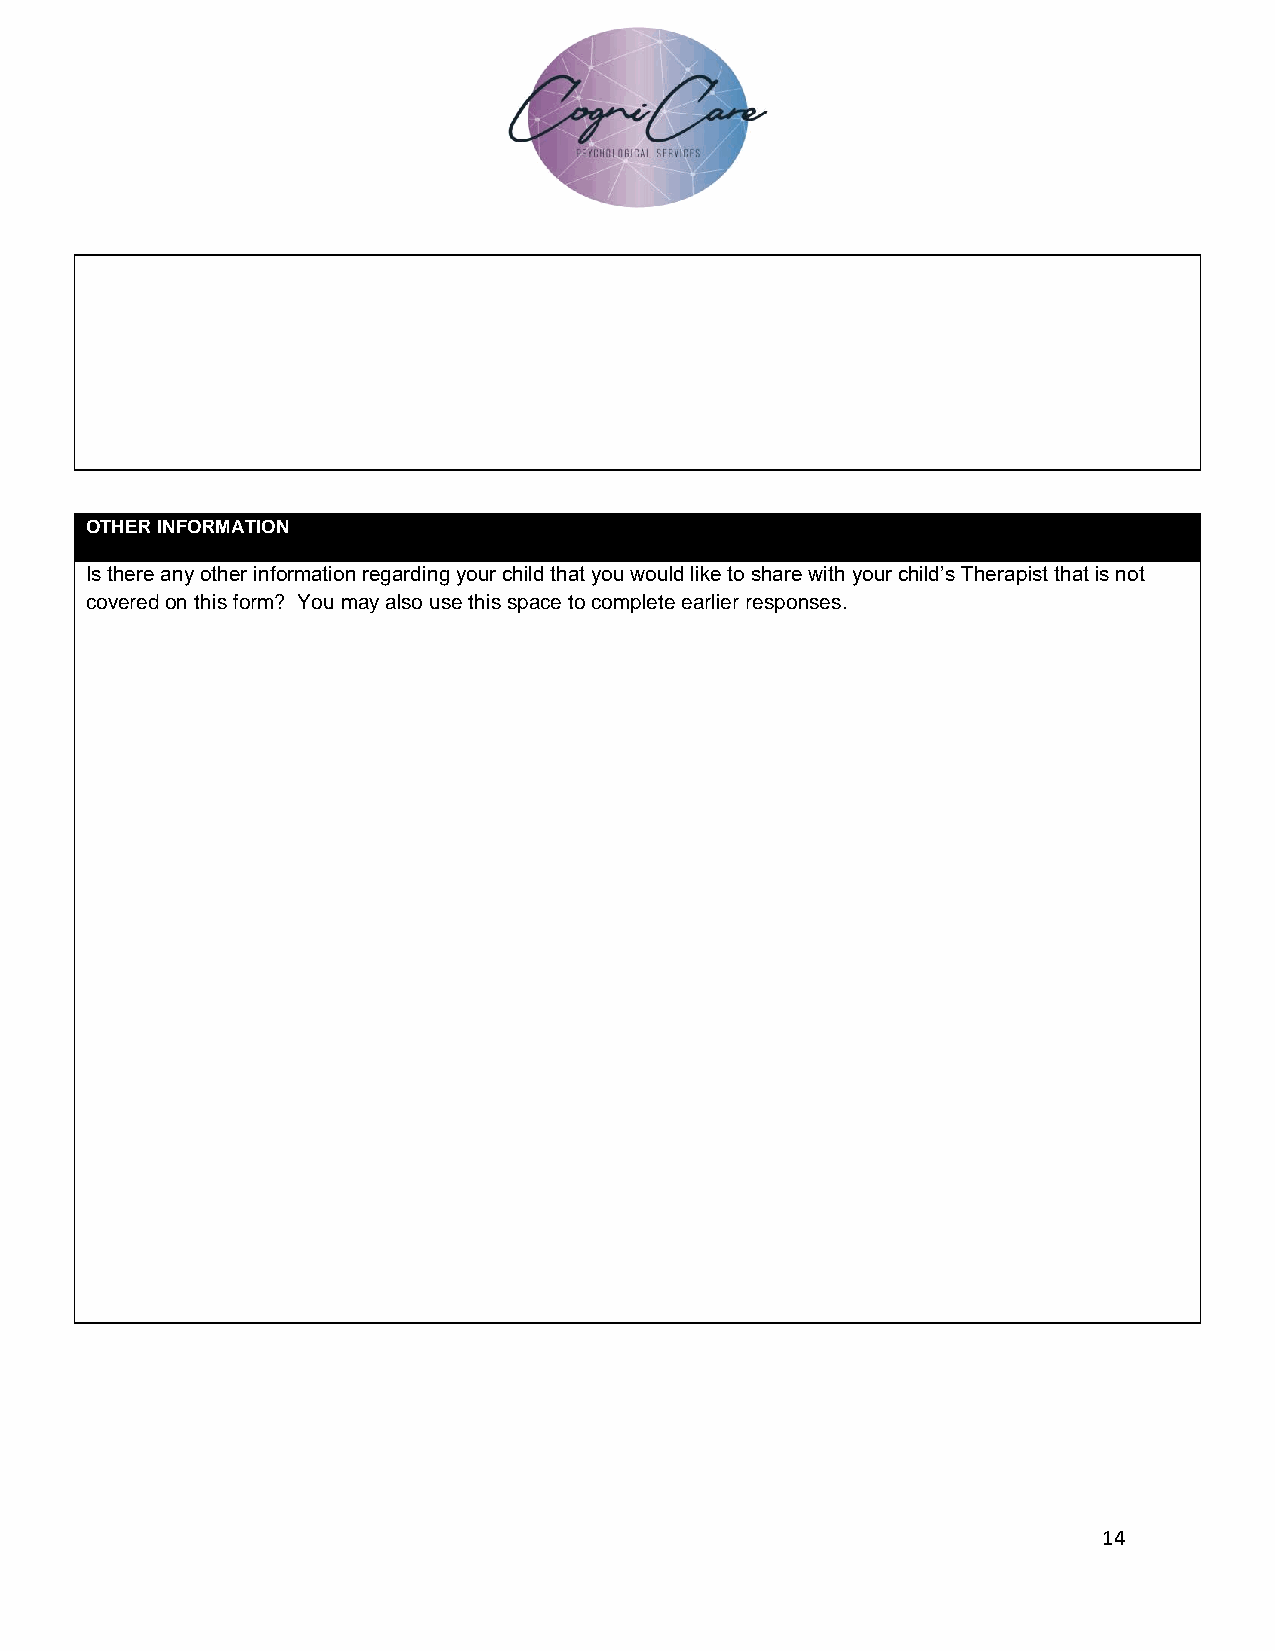
OTHER INFORMATION
 Is there any other information regarding your child that you would like to share with your child’s Therapist that is not
 covered on this form? You may also use this space to complete earlier responses.
 14